King Institute of Preventive Medicine Bacteriolog. Section reports 1907-08
Year: 1907
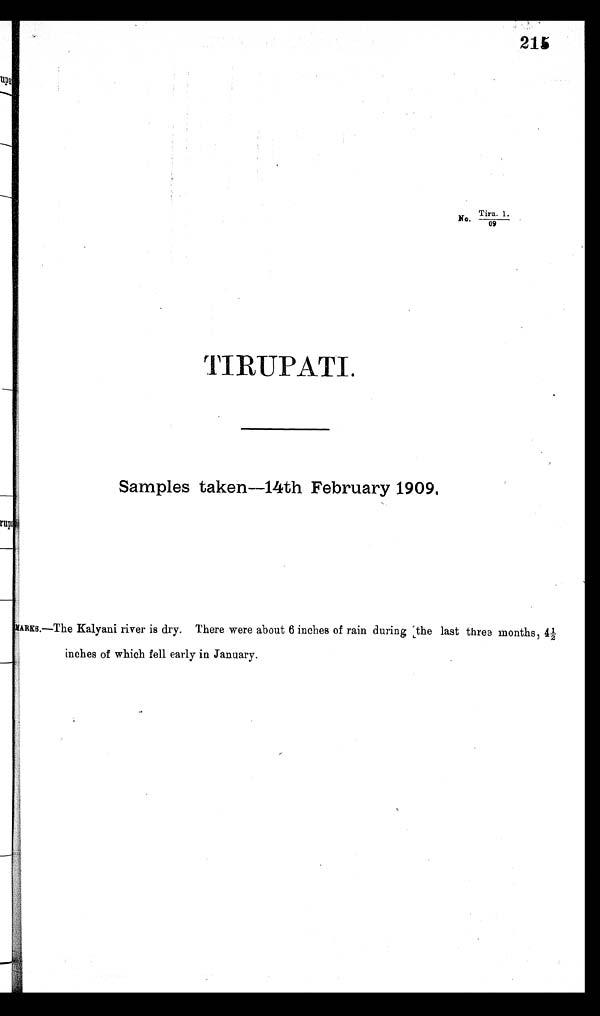
Tiru. 1.
No.
09
TIRUPATI.
Samples taken—14th February 1909
.
MARKS.—The Kalyani river is dry. There were about 6 inches of rain during the last three months, 4½
inches of which fell early in January.